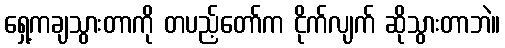
ရှေ့ကချသွားတာကို တပည့်တော်က ငိုက်လျက် ဆိုသွားတာဘဲ။